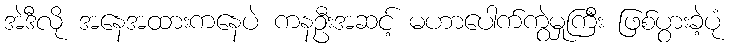
အဲဒီလို အနေအထားကနေပဲ ကနဦးအဆင့် မဟာပေါက်ကွဲမှုကြီး ဖြစ်ပွားခဲ့ပုံ